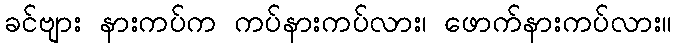
ခင်ဗျား နားကပ်က ကပ်နားကပ်လား၊ ဖောက်နားကပ်လား။